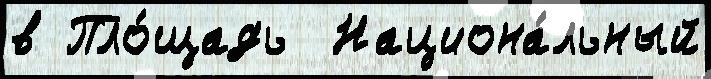
в Пло́щадь  Национа́льный